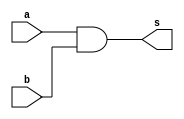
module AND(
    input a,
    input b,
    output reg s
);

assign s = a & b;
/*always @* begin
    s = a & b;
end*/  
endmodule